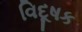
વિદૂષક